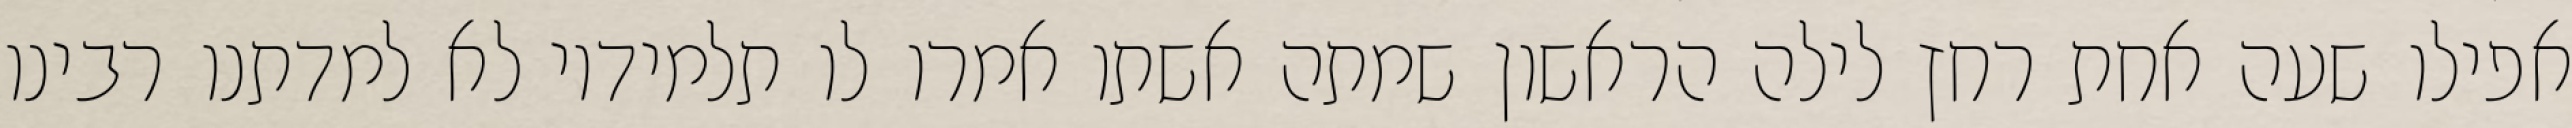
אפילו שעה אחת רחץ לילה הראשון שמתה אשתו אמרו לו תלמידיו לא למדתנו רבינו